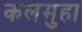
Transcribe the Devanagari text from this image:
कलमुहा